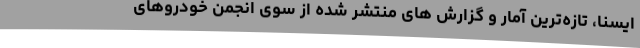
ایسنا، تازه‌ترین آمار و گزارش های منتشر شده از سوی انجمن خودروهای